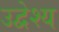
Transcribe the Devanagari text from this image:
उद्वेश्‍य